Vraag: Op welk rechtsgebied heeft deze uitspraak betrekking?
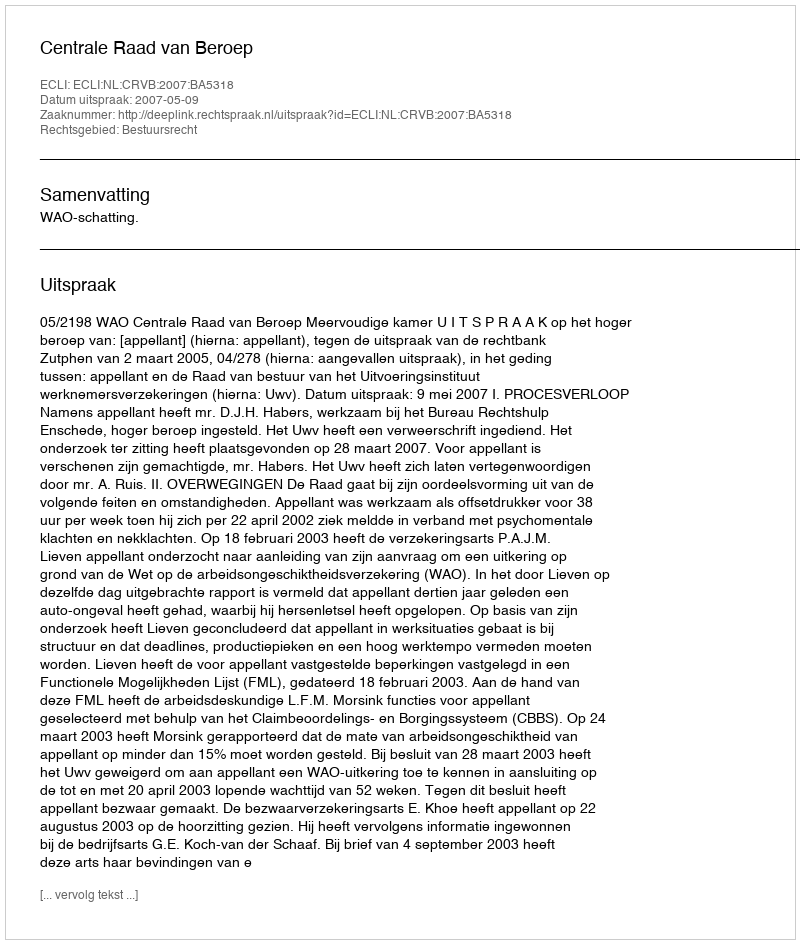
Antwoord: Bestuursrecht